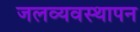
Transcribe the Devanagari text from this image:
जलव्यवस्थापन